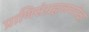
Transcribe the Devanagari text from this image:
प्राणिसंग्रहालयापेक्षा